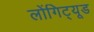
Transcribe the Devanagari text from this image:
लोंगिट्यूड